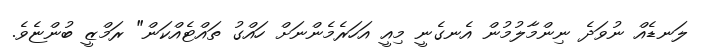
ލަނޑެއް ނުވަދެ ނިންމާލުމުން އެނގެނީ މިއީ އަހަރެމެންނަށް ހައްގު ތައްޓެއްކަން" ރަމްޒީ ބުންޏެވެ.